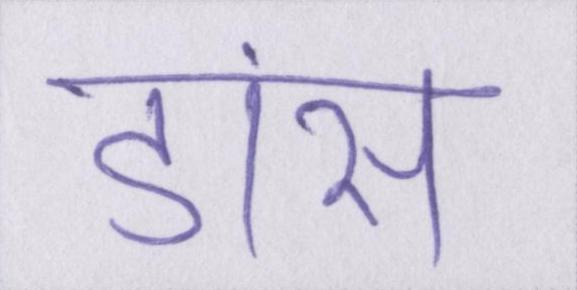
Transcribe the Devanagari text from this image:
डांस